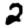
Digit: 2